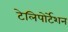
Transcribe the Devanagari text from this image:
टेलिपोर्टेशन